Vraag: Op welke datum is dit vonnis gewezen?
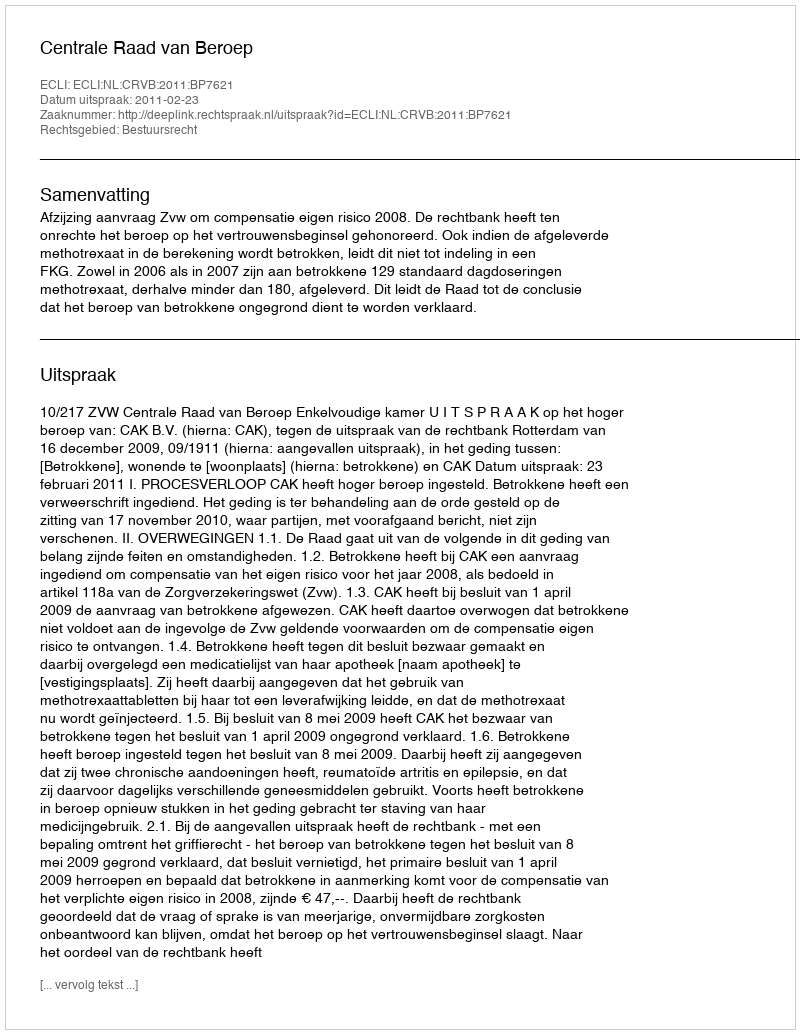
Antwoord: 2011-02-23